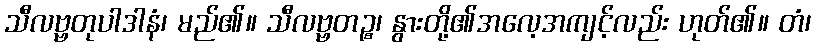
သီလဗ္ဗတုပါဒါနံ၊ မည်၏။ သီလဗ္ဗတဉ္စ၊ နွားတို့၏အလေ့အကျင့်လည်း ဟုတ်၏။ တံ၊